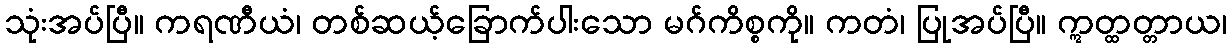
သုံးအပ်ပြီ။ ကရဏီယံ၊ တစ်ဆယ့်ခြောက်ပါးသော မဂ်ကိစ္စကို။ ကတံ၊ ပြုအပ်ပြီ။ ဣတ္ထတ္တာယ၊